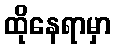
ထိုနေရာမှာ